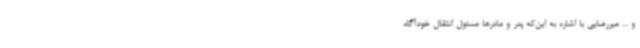
و ... میررضایی با اشاره به این‌که پدر و مادرها مسئول انتقال خودآگاه